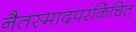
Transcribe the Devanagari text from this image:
नैतस्मादपरंकिंचित्